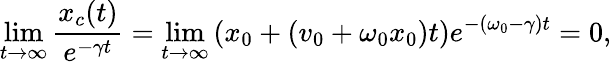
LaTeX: \operatorname*{lim}_{t\to\infty}\frac{x_{c}(t)}{e^{-\gamma t}}=\operatorname*{lim}_{t\to\infty}\left(x_{0}+\left(v_{0}+\omega_{0}x_{0}\right)t\right)e^{-(\omega_{0}-\gamma)t}=0,